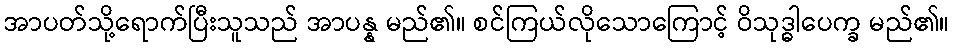
အာပတ်သို့ရောက်ပြီးသူသည် အာပန္န မည်၏။ စင်ကြယ်လိုသောကြောင့် ဝိသုဒ္ဓါပေက္ခ မည်၏။